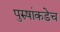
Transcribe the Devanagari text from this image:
पुरुषांकडेच